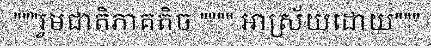
"""រួមជាតិភាគតិច """" អាស្រ័យដោយ"""